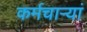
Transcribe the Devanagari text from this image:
कर्मचाऱ्यां